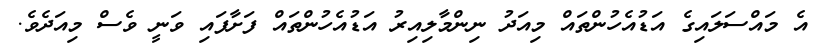
އެ މައްސަލައިގެ އަޑުއެހުންތައް މިއަދު ނިންމާލިއިރު އަޑުއެހުންތައް ފަށާފައި ވަނީ ވެސް މިއަދެވެ.